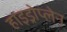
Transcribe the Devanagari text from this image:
हाइड्रोप्लेन